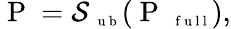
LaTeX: \mathrm{~P~}=\mathcal S_{\mathrm{~\scriptsize~u~b~}}(\mathrm{~P~}_{\mathrm{~\scriptsize~f~u~l~l~}}),